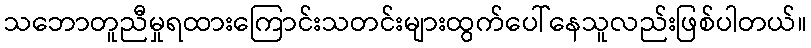
သဘောတူညီမှုရထားကြောင်းသတင်းများထွက်ပေါ်နေသူလည်းဖြစ်ပါတယ်။